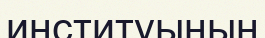
институының